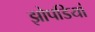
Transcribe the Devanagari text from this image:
झोपडियां